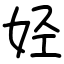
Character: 𫰛